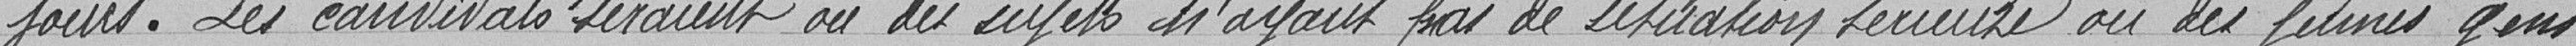
jours. Les candidats seraient où des sujets n'ayant pas de situation sérieuse ou des jeunes gens